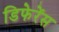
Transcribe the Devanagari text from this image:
डिफेरेंस